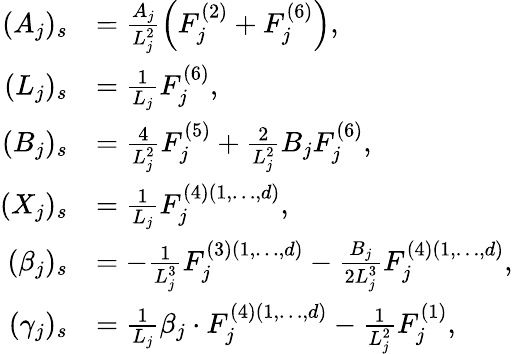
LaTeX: \begin{array}{rl}{(A_{j})_{s}}&{=\frac{A_{j}}{L_{j}^{2}}\left(F_{j}^{(2)}+F_{j}^{(6)}\right),}\\ {(L_{j})_{s}}&{=\frac{1}{L_{j}}F_{j}^{(6)},}\\ {(B_{j})_{s}}&{=\frac{4}{L_{j}^{2}}F_{j}^{(5)}+\frac{2}{L_{j}^{2}}B_{j}F_{j}^{(6)},}\\ {(X_{j})_{s}}&{=\frac{1}{L_{j}}F_{j}^{(4)(1,\dots,d)},}\\ {(\beta_{j})_{s}}&{=-\frac{1}{L_{j}^{3}}F_{j}^{(3)(1,\dots,d)}-\frac{B_{j}}{2L_{j}^{3}}F_{j}^{(4)(1,\dots,d)},}\\ {(\gamma_{j})_{s}}&{=\frac{1}{L_{j}}\beta_{j}\cdot F_{j}^{(4)(1,\dots,d)}-\frac{1}{L_{j}^{2}}F_{j}^{(1)},}\end{array}